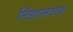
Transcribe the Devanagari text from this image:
निहालराय